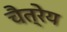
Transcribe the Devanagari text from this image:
चैत्रेय